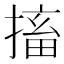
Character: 搐